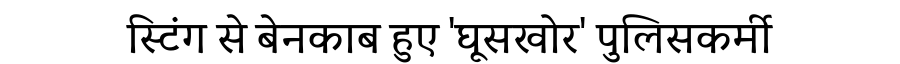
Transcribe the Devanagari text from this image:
स्टिंग से बेनकाब हुए 'घूसखोर' पुलिसकर्मी